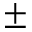
\pm